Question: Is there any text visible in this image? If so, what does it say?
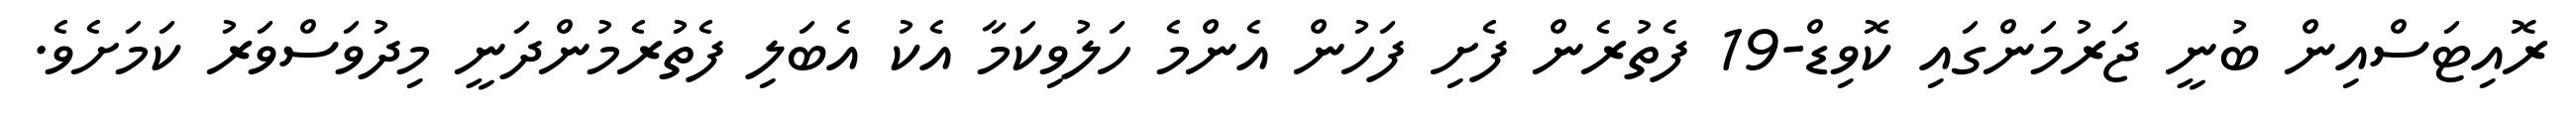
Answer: ރޮއިޓަސްއިން ބުނީ ޖަރުމަންގައި ކޮވިޑް-19 ފެތުރެން ފެށި ފަހުން އެންމެ ހަލުވިކަމާ އެކު އެބަލި ފެތުރެމުންދަނީ މިދުވަސްވަރު ކަމަށެވެ.